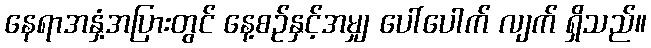
နေရာအနှံ့အပြားတွင် နေ့စဉ်နှင့်အမျှ ပေါ်ပေါက် လျက် ရှိသည်။